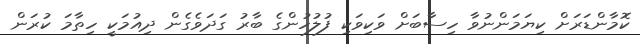
ކޮމާންޑަރަށް ކިޔަމަންނުވާ ހިސާބަށް ވަކިވަކި ފުލުހުންގެ ބާރު ގަދަވެގެން ދިއުމަކީ ހިތާމަ ކުރަން